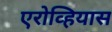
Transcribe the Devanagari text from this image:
एरोव्हियास